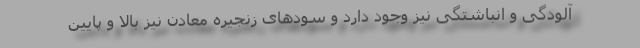
آلودگی و انباشتگی نیز وجود دارد و سودهای زنجیره معادن نیز بالا و پایین